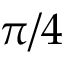
\pi / 4